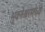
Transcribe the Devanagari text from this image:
भुवनेश्वरमध्ये